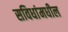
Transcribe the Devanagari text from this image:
सविधांमधील